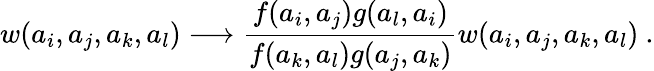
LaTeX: w(a_{i},a_{j},a_{k},a_{l})\longrightarrow\frac{f(a_{i},a_{j})g(a_{l},a_{i})}{f(a_{k},a_{l})g(a_{j},a_{k})}w(a_{i},a_{j},a_{k},a_{l})~.